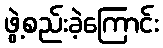
ဖွဲ့စည်းခဲ့ကြောင်း